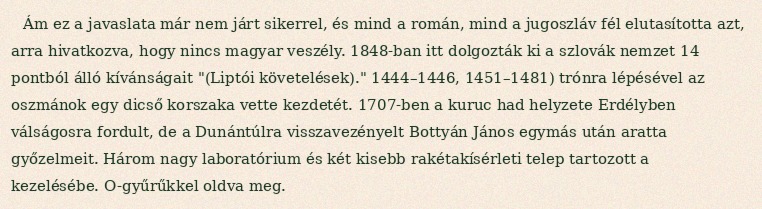
Ám ez a javaslata már nem járt sikerrel, és mind a román, mind a jugoszláv fél elutasította azt, arra hivatkozva, hogy nincs magyar veszély. 1848-ban itt dolgozták ki a szlovák nemzet 14 pontból álló kívánságait "(Liptói követelések)." 1444–1446, 1451–1481) trónra lépésével az oszmánok egy dicső korszaka vette kezdetét. 1707-ben a kuruc had helyzete Erdélyben válságosra fordult, de a Dunántúlra visszavezényelt Bottyán János egymás után aratta győzelmeit. Három nagy laboratórium és két kisebb rakétakísérleti telep tartozott a kezelésébe. O-gyűrűkkel oldva meg.